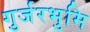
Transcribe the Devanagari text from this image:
गुर्जरभुमि